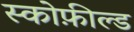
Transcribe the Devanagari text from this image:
स्कोफ़ील्ड